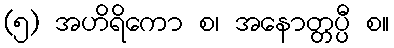
(၅) အဟိရိကော စ၊ အနောတ္တပ္ပီ စ။